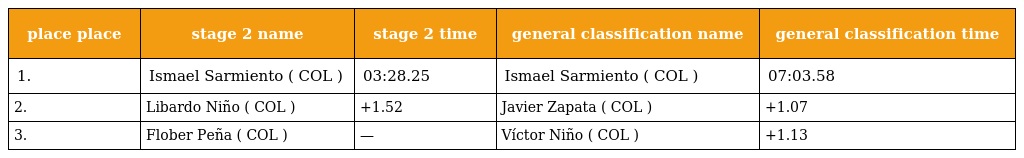
| place place | stage 2 name | stage 2 time | general classification name | general classification time |
 | --- | --- | --- | --- | --- |
 | 1. | Ismael Sarmiento ( COL ) | 03:28.25 | Ismael Sarmiento ( COL ) | 07:03.58 |
 | 2. | Libardo Niño ( COL ) | +1.52 | Javier Zapata ( COL ) | +1.07 |
 | 3. | Flober Peña ( COL ) | — | Víctor Niño ( COL ) | +1.13 |